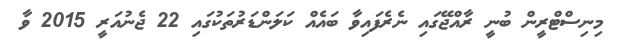
މިނިސްޓްރީން ބުނީ ރާއްޖޭގައި ނެރެފައިވާ ބައެއް ކަލަންޑަރުތަކުގައި 22 ޖެނުއަރީ 2015 ވާ